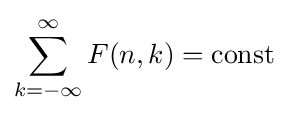
\sum _{k=-\infty }^{\infty }F(n,k)={\text{const}}